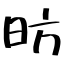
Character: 昉